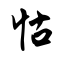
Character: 怙